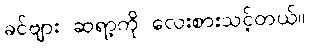
ခင်ဗျား ဆရာ့ကို လေးစားသင့်တယ်။